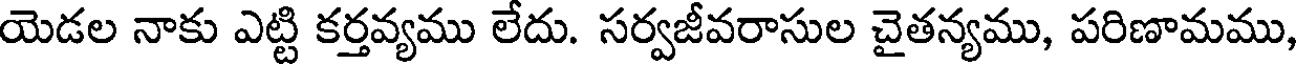
యెడల నాకు ఎట్టి కర్తవ్యము లేదు. సర్వజీవరాసుల చైతన్యము, పరిణామము,